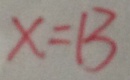
x = 1 3